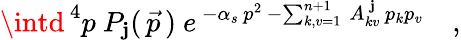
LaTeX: \intd^{\, 4}p\ P_{\mathbf{j}}(\, \vec{{p}}\, )\ e^{\, -\alpha_{s}\, p^{2}\, -\sum_{k,v=1}^{n+1}\, A_{kv}^{\, \mathbf{j}}\, p_{k}p_{v}}\quad,